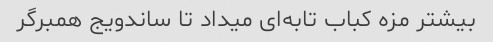
بیشتر مزه کباب تابه‌ای میداد تا ساندویج همبرگر